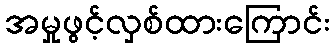
အမှုဖွင့်လှစ်ထားကြောင်း